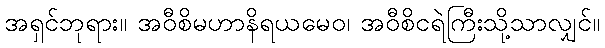
အရှင်ဘုရား။ အဝီစိမဟာနိရယမေဝ၊ အဝီစိငရဲကြီးသို့သာလျှင်။